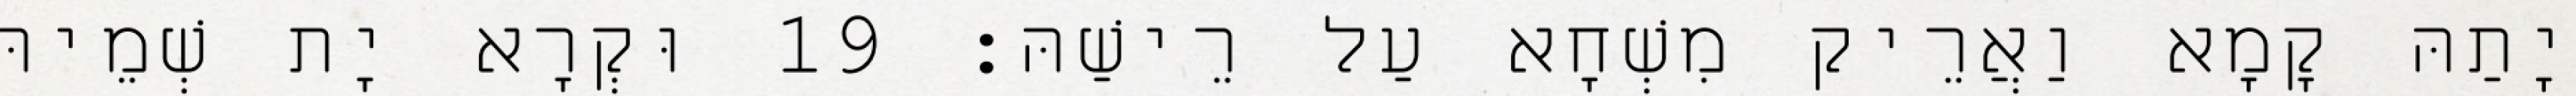
יָתַהּ קָמָא וַאֲרֵיק מִשְׁחָא עַל רֵישַׁהּ׃ 19 וּקְרָא יָת שְׁמֵיהּ